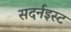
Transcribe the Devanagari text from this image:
सदर्नइस्ट